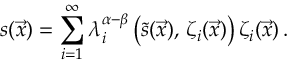
s ( \vec { x } ) = \sum _ { i = 1 } ^ { \infty } \lambda _ { i } ^ { \alpha - \beta } \left( \tilde { s } ( \vec { x } ) , \, \zeta _ { i } ( \vec { x } ) \right) \zeta _ { i } ( \vec { x } ) \, .